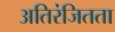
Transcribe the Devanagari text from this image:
अतिरंजितता